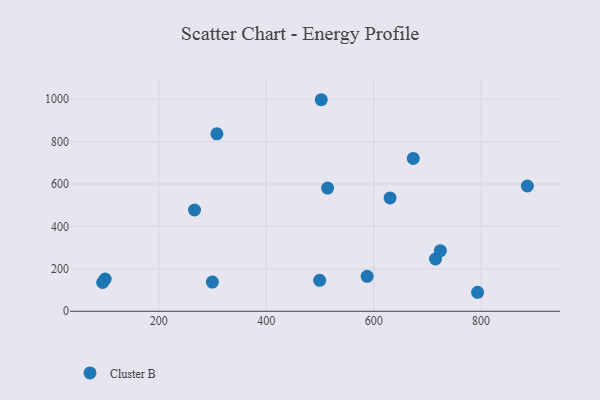
{"axis": {"x": "Price", "y": "Yield"}, "legend": ["Cluster B"], "data": [{"x": "630.6", "y": 534.7, "type": "Cluster B"}, {"x": "502.5", "y": 997.5, "type": "Cluster B"}, {"x": "793.4", "y": 89.6, "type": "Cluster B"}, {"x": "715.1", "y": 246.6, "type": "Cluster B"}, {"x": "100.3", "y": 152.1, "type": "Cluster B"}, {"x": "95.6", "y": 135.7, "type": "Cluster B"}, {"x": "266.6", "y": 477.6, "type": "Cluster B"}, {"x": "499.6", "y": 146.0, "type": "Cluster B"}, {"x": "308.3", "y": 836.9, "type": "Cluster B"}, {"x": "673.7", "y": 720.5, "type": "Cluster B"}, {"x": "724.2", "y": 285.7, "type": "Cluster B"}, {"x": "587.9", "y": 164.6, "type": "Cluster B"}, {"x": "514.3", "y": 581.1, "type": "Cluster B"}, {"x": "886.1", "y": 590.6, "type": "Cluster B"}, {"x": "299.9", "y": 137.6, "type": "Cluster B"}]}